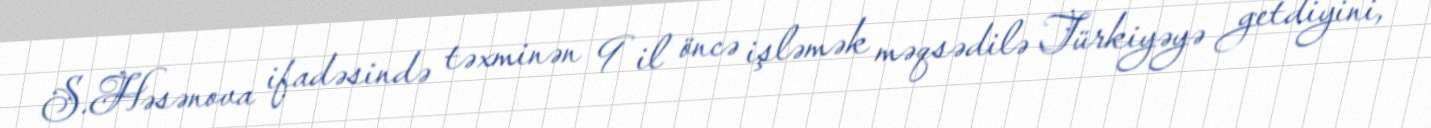
S.Həsənova ifadəsində təxminən 9 il öncə işləmək məqsədilə Türkiyəyə getdiyini,